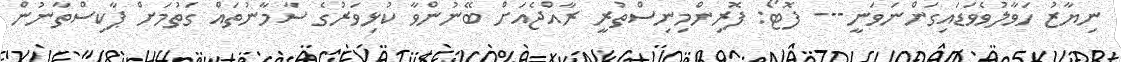
ނިޔާޒު ހަވާލުވެވަޑައިގަންނަވަނީ--- ފޮޓޯ: ފޮރިންމިނިސްތުރީ ރާއްޖެއަށް ބޭނުންވާ ކުޅިވަރުގެ ސާމާނުތައް ގަތުމަށް ޕާކިސްތާނުން